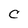
Character: C